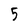
Character: 5